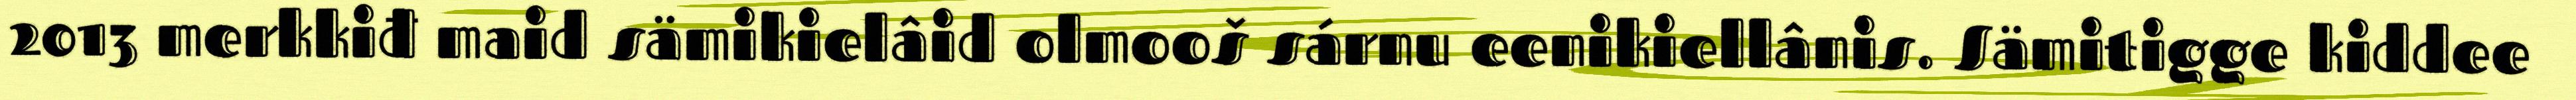
2013 merkkiđ maid sämikielâid olmooš sárnu eenikiellânis. Sämitigge kiddee